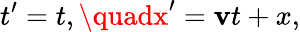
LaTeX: t^{\prime}=t,\quadx^{\prime}=\mathbf{v}t+x,